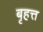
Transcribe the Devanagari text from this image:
बृहत्त